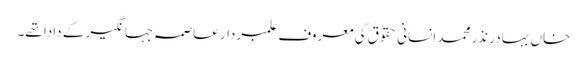
خاں بہادر نذرمحمد انسانی حقوق کی معروف علمبردار عاصمہ جہانگیر کے دادا تھے۔